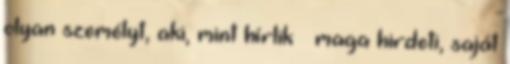
olyan sze­mélyt, aki, mint hírlik – maga hirdeti, saját